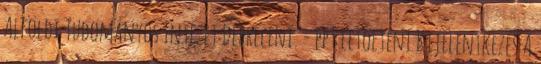
Alföldi Tudományos Intézet Debreceni. - ppt letölteni Kijelentkezés A